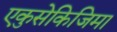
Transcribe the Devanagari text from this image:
एकुसेकिजिमा